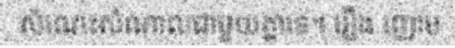
សំណេះសំណាលជាមួយគ្នាទេ។ រឿង ញោម